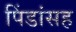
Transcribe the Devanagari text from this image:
पिंडांसह